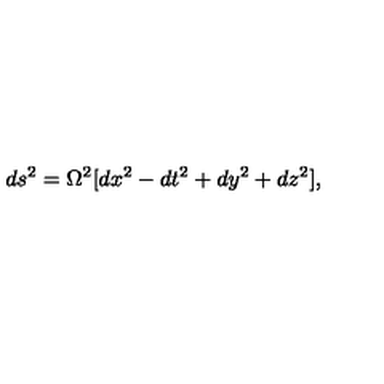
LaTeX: d s ^ { 2 } = \Omega ^ { 2 } [ d x ^ { 2 } - d t ^ { 2 } + d y ^ { 2 } + d z ^ { 2 } ] ,